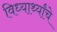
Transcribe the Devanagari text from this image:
विध्यार्थ्यांचे